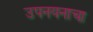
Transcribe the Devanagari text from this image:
उपनयनाचा